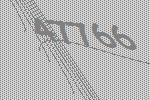
47766